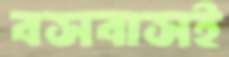
বসবাসই